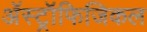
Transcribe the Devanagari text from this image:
अॅस्ट्रॉफिजिकल